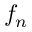
f _ { n }